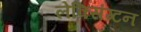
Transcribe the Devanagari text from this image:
लेक्सिंग्‍टन